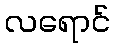
လရောင်